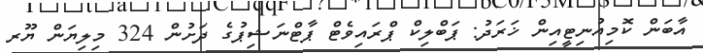
އާބަން ކޮމިއުނިޓީއިން ޚަރަދު: ޕަބްލިކް ޕްރައިވެޓް ޕާޓްނަޝިޕުގެ ދަށުން 324 މިލިޔަން ޔޫރ